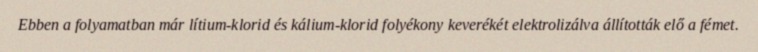
Ebben a folyamatban már lítium-klorid és kálium-klorid folyékony keverékét elektrolizálva állították elő a fémet.